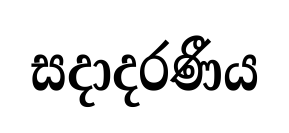
සදාදරණීය